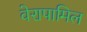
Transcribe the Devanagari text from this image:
वेरापामिल